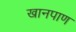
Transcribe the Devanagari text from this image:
खानपाण